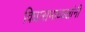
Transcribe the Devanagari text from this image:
विधासभाध्यक्षांनी